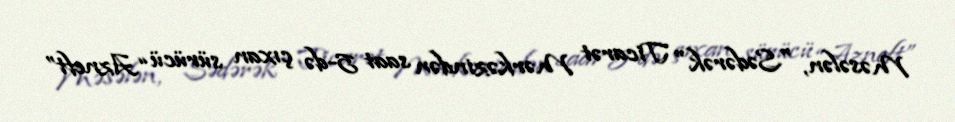
Məsələn, "Sədərək" Ticarət Mərkəzindən saat 5-də çıxan sürücü “Azneft”